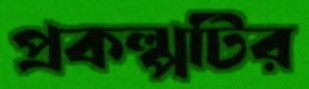
প্রকল্পটির